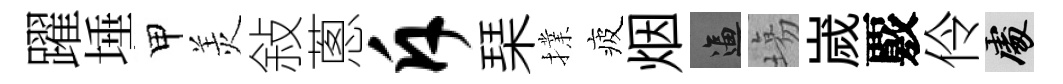
躍埵甲羙敍蔥斥琹擈疲烟逼塲嵗覈伶處